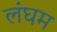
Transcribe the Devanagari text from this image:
लंघम